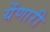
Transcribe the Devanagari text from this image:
येंणारी